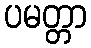
ပမတ္တာ